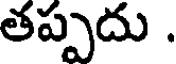
తప్పదు .